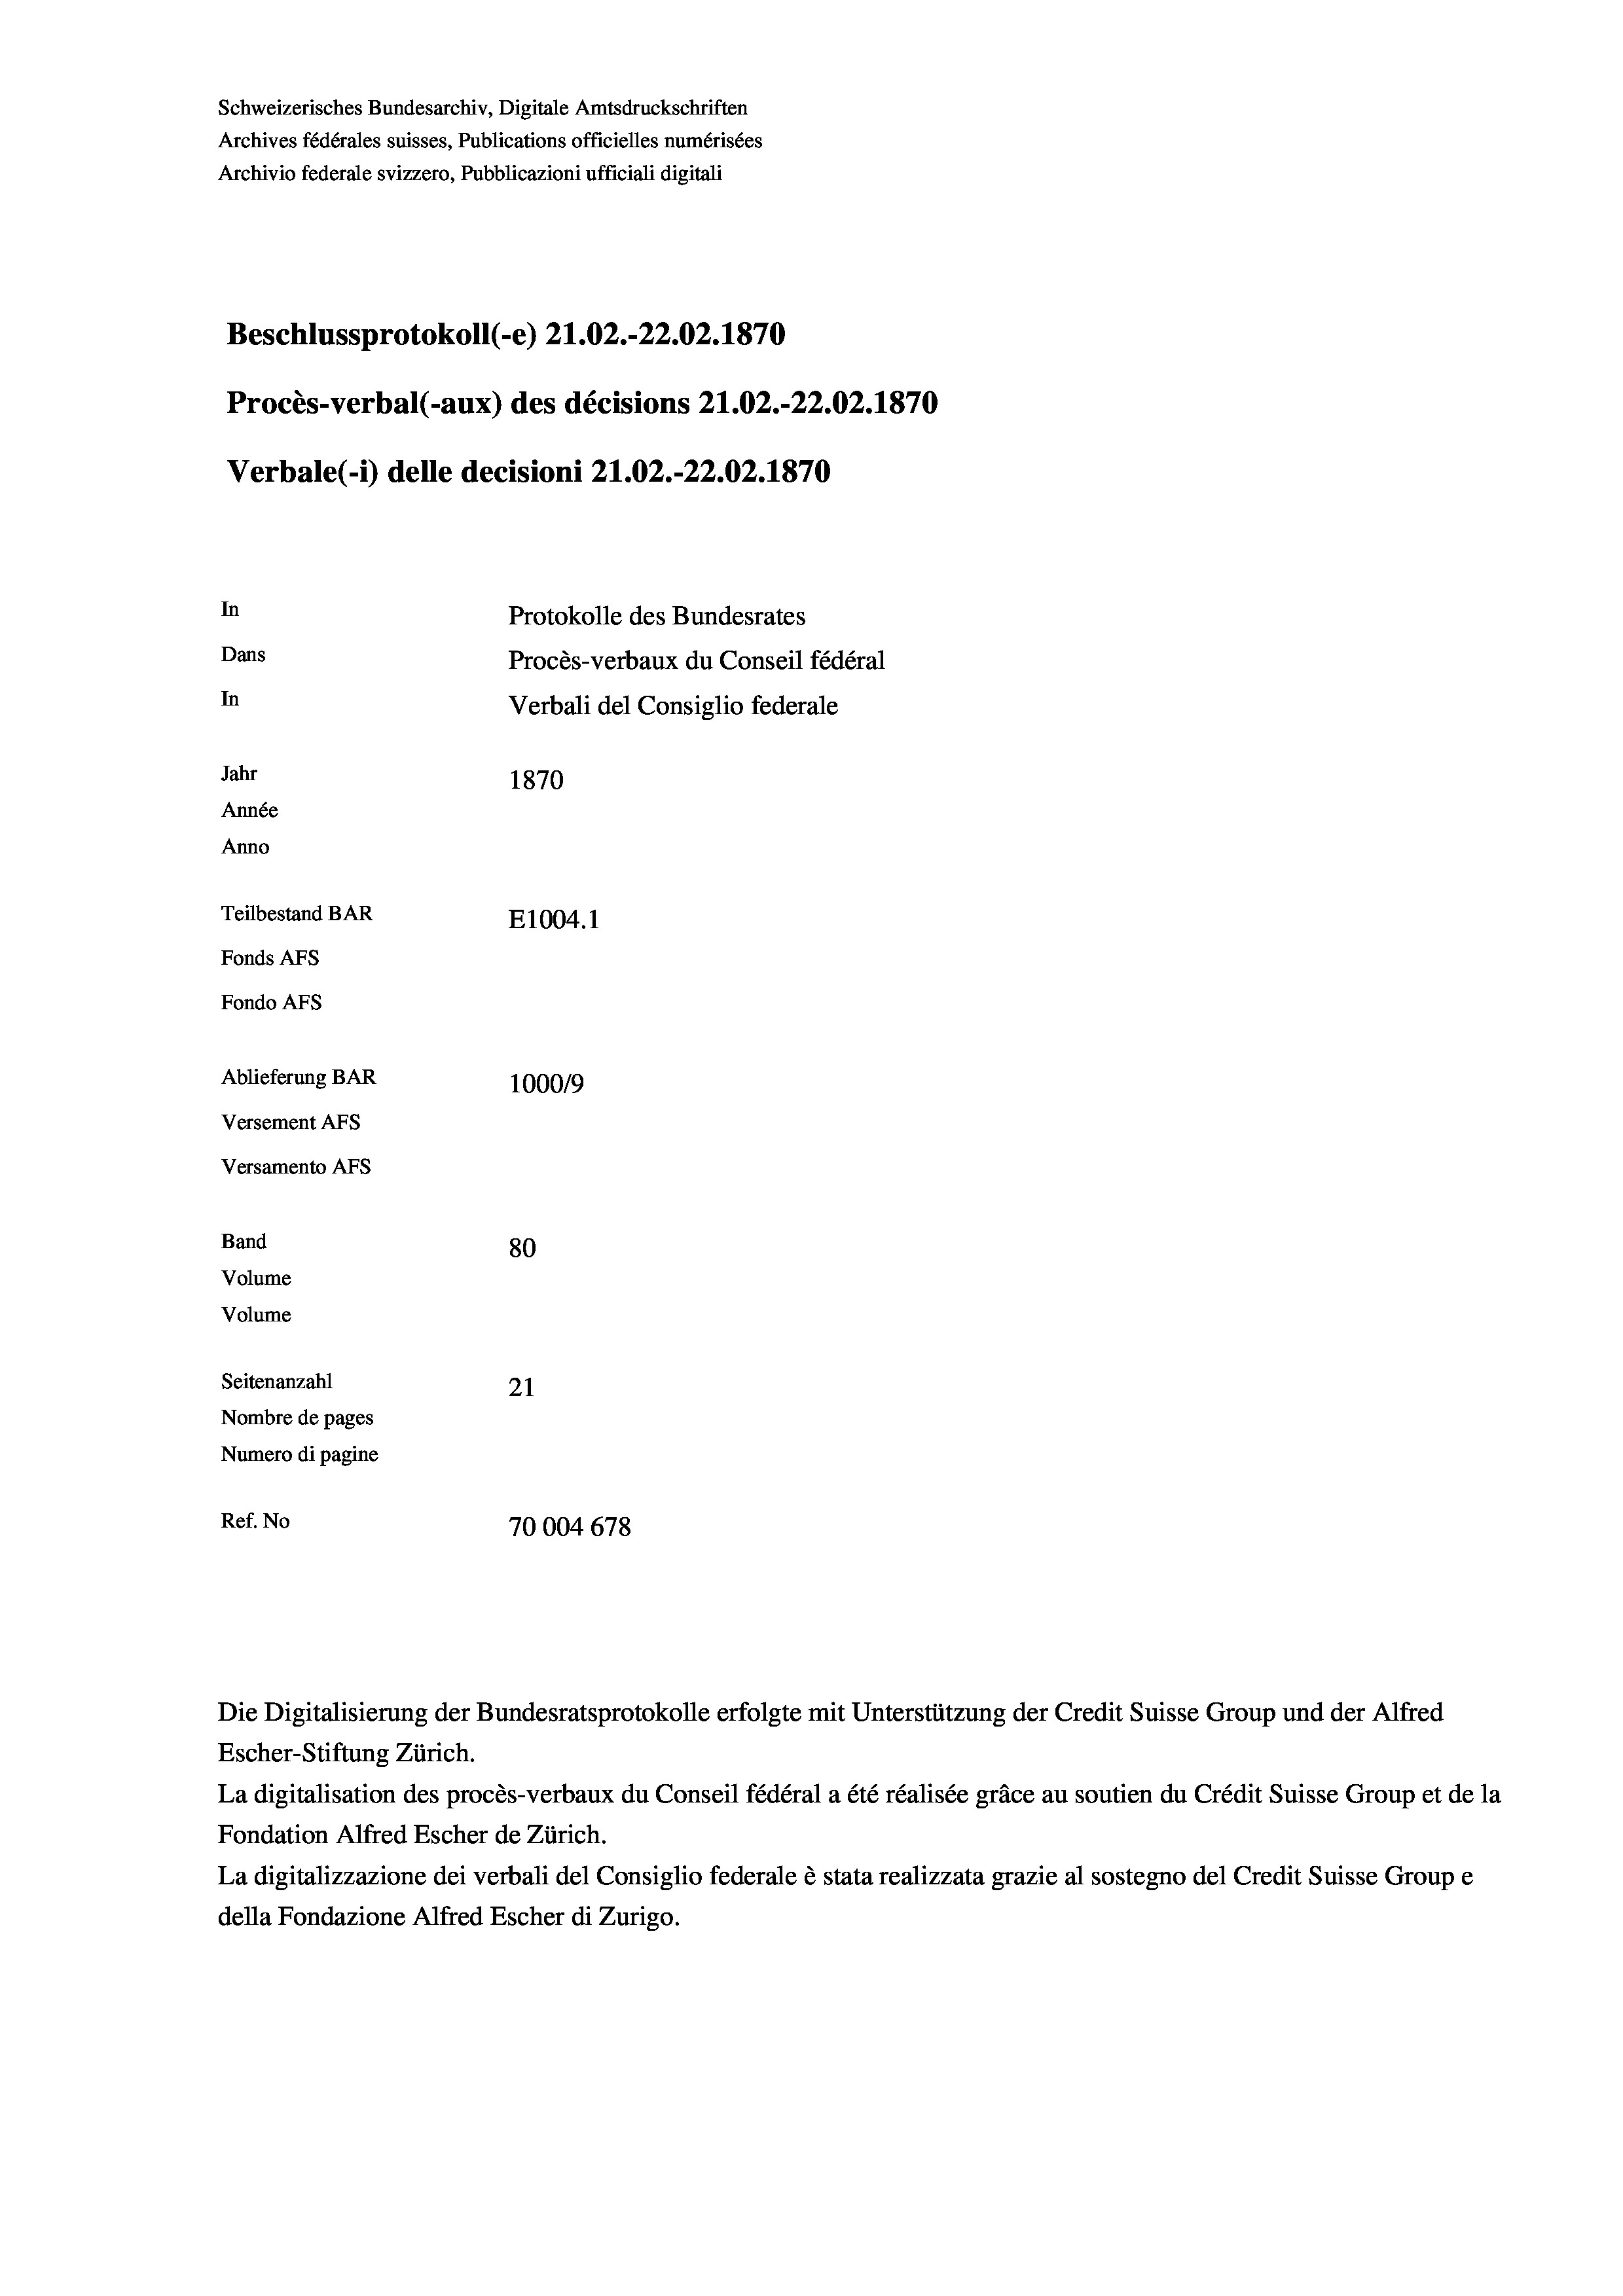
Schweizerisches Bundesarchiv, Digitale Amtsdruckschriften
Archives fédérales suisses, Publications officielles numérisées
Archivio federale svizzero, Pubblicazioni ufficiali digitali
Beschlussprotokoll (-e) 21.02.-22.02. 1870
Procès-verbal (-aux) des décisions 21.02.-22.02.1870
Verbale (1) delle decisioni 21.02.-22.02. 1870
In
Protokolle des Bundesrates
Dans
Procès-verbaux du Conseil fédéral
In
Verbali del Consiglio federale
Jahr
1870
Année
Anno
Teilbestand BAR
E1004.1
Fonds AFs
Fondo Afs
Ablieferung BAR
1000/9
Versement AFs
Versamento Afs
Band
80
Volume
Volume
Seitenanzahl
21
Nombre de pages
Numero di pagine
Ref. No
70004 678

La digitalisation des procès-verbaux du Conseil fédéral a été réalisée gräce au soutien du Crédit Suisse Group et de la
Fondation Alfred Escher de Zürich.
La digitalizzazione dei verbali del Consiglio federale è stata realizzata grazie al sostegno del Credit Suisse Groupe
della Fondazione Alfred Escher di Zurigo.

Die Digitalisierung der Bundesratsprotokolle erfolgte mit Unterstützung der Credit Suisse Group und der Alfred
Escher-Stiftung Zürich.